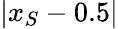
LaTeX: |x_{S}-0.5|